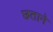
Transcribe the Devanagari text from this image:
छताने